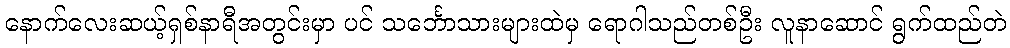
နောက်လေးဆယ့်ရှစ်နာရီအတွင်းမှာ ပင် သင်္ဘောသားများထဲမှ ရောဂါသည်တစ်ဦး လူနာဆောင် ရွက်ထည်တဲ